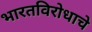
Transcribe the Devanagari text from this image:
भारतविरोधाचे